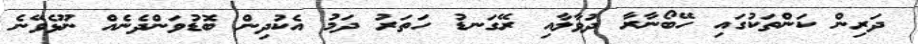
ދަރިން ކަންތަކުގައި ހޭބޯނާރާ ދުވާލާއި ރޭގަނޑު ހަތަރު ދަމު އެކުދިން ބޮޑުވަންދެނެއް ނޫޅެވޭނެ